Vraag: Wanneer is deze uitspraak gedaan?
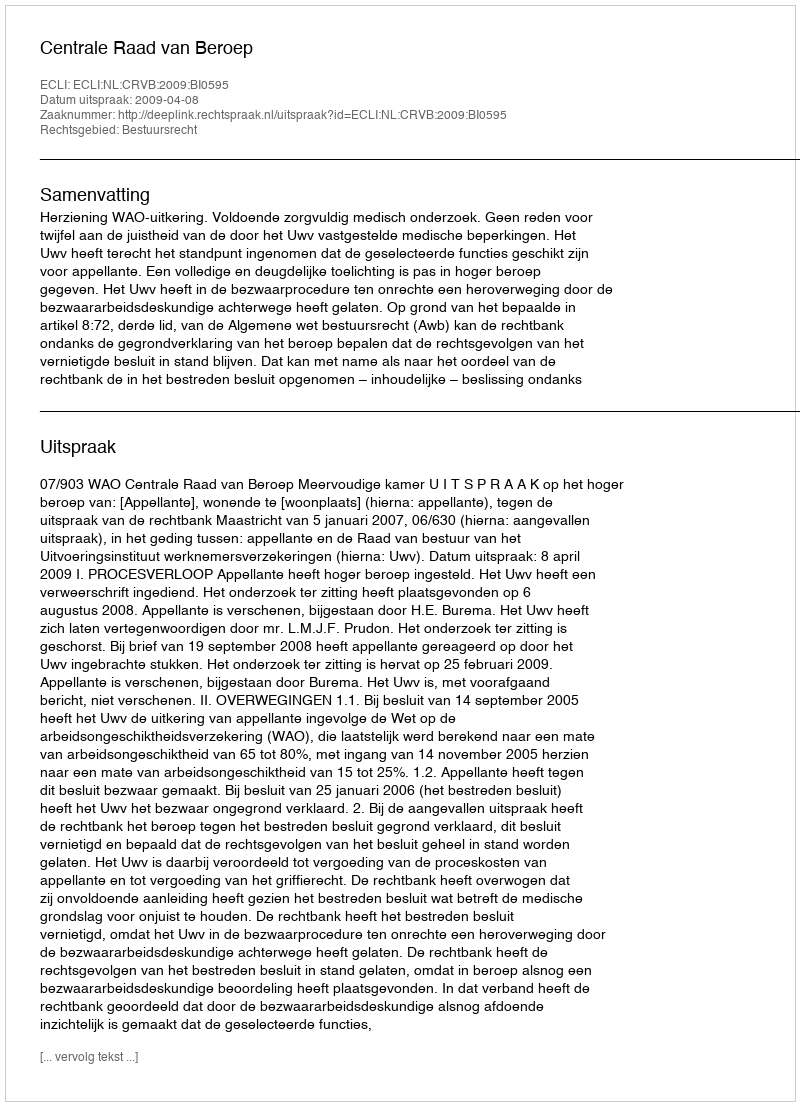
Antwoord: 2009-04-08